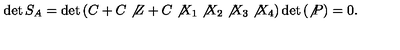
\det S _ { A } = \det \left( C + C \not { Z } + C \not { X } _ { 1 } \not { X } _ { 2 } \not { X } _ { 3 } \not { X } _ { 4 } \right) \det \left( \not { P } \right) = 0 .